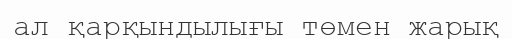
ал қарқындылығы төмен жарық